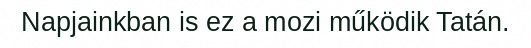
Napjainkban is ez a mozi működik Tatán.